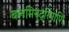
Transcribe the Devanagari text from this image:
बलमिन्द्रियाणि